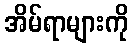
အိမ်ရာများကို